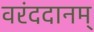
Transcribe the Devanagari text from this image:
वरंददानम्